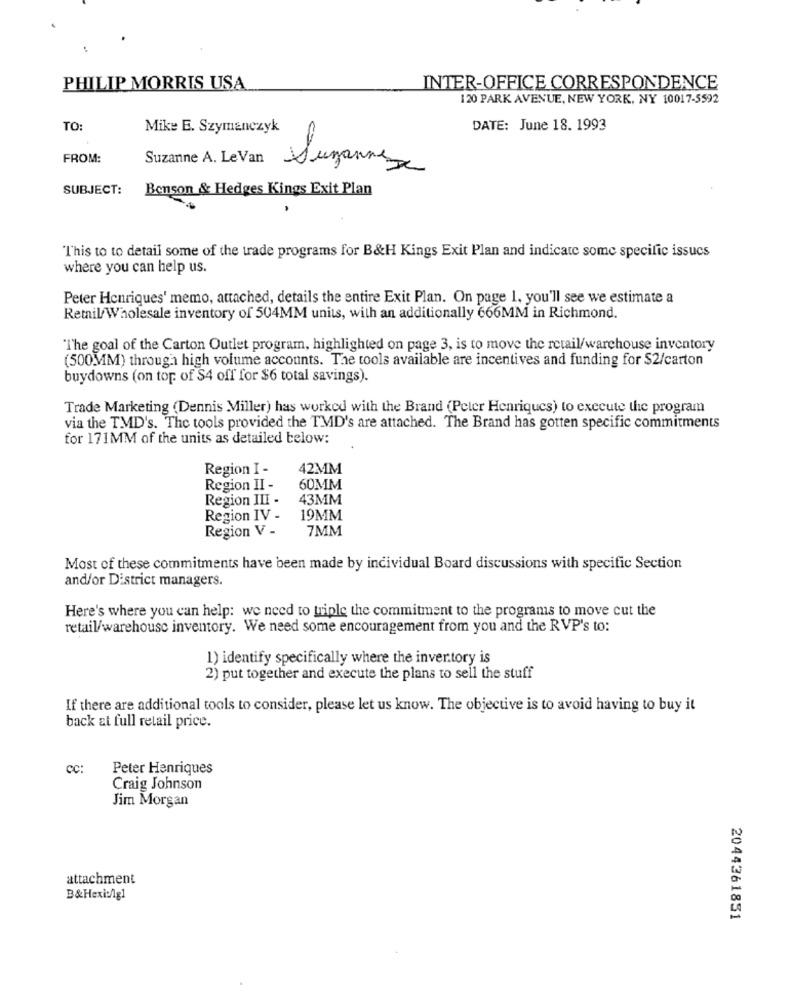
PHILIP MORRIS USA
INTER-OFFICE CORRESPONDENCE
120 PARK AVENUE, NEW YORK, NY 10017-5592
TO:
Mike E. Szymanczyk
DATE: June 18. 1993
FROM:
Suzanne A. Le Van
Suzannesa
SUBJECT:
Benson & Hedges Kings Exit Plan
This to to detail some of the trade programs for B&H Kings Exit Plan and indicate some specific issucs
where you can help us.
Peter Henriques' memo, attached, details the entire Exit Plan. On page 1. you'll see we estimate a
Retail/Wholesale inventory of 504MM units, with an additionally 666MM in Richmond.
"The goal of the Carton Outlet program, highlighted on page 3, is to move the retail/warehouse inventory
(500MM) through high volume accounts. The tools available are incentives and funding for $2/carton
buydowns (on top of $4 off for $6 total savings).
Trade Marketing (Dennis Miller) has worked with the Brand (Peter Henriques) to execute the program
via the TMD's. The tools provided the TMD's are attached. The Brand has gotten specific commitments
for 171MM of the units as detailed below:
Region I -
42MM
Region II -
60MM
Region III -
43MM
Region IV -
19MM
Region V -
7MM
Most of these commitments have been made by individual Board discussions with specific Section
and/or District managers.
Here's where you can help: we need to triple the commitment to the programs to move cut the
retail/warehouse inventory. We need some encouragement from you and the RVP's to:
1) identify specifically where the invertory is
2) put together and execute the plans to sell the stuff
If there are additional tools to consider, please let us know. The objective is to avoid having to buy it
back at full retail price.
CC:
Peter Henriques
Craig Johnson
Jim Morgan
attachment
B&Hexi:/lg1
2044361851